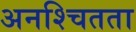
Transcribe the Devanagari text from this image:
अनश्चितता